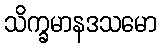
သိက္ခမာနဒသမော